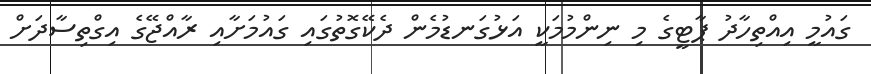
ގައުމީ އިއްތިހާދު ޕާޓީގެ މި ނިންމުމަކީ އަޅުގަނޑުމެން ދެކޭގޮތުގައި ގައުމަށާއި ރާއްޖޭގެ އިގްތިސާދަށް